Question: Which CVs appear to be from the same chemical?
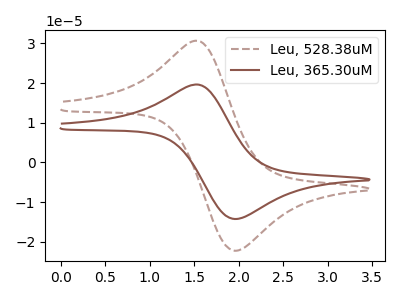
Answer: <think>The brown dashed curve "Leu, 528.38uM" has an anodic peak at (1.55V, 30.60uA) and a cathodic peak at (1.95V, -22.25uA). The brown curve "Leu, 365.30uM" has an anodic peak at (1.55V, 19.60uA) and a cathodic peak at (1.95V, -14.25uA).
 All the peaks in "Leu, 528.38uM" have a peak in "Leu, 365.30uM" at the same potential. Every peak in "Leu, 528.38uM" is higher than every peak in "Leu, 365.30uM".</think>
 <answer>"Leu, 528.38uM" and "Leu, 365.30uM" have the same shape and are likely CV's of the same chemical.</answer>
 <eval>"Leu, 528.38uM" "Leu, 365.30uM"</eval>